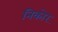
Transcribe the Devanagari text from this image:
निकोर